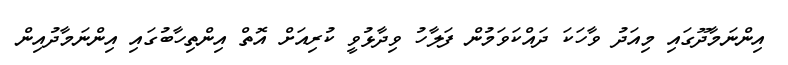
އިންނަމާދޫގައި މިއަދު ވާހަކަ ދައްކަވަމުން ފަލާހު ވިދާޅުވީ ކުރިއަށް އޮތް އިންތިހާބުގައި އިންނަމާދުއިން